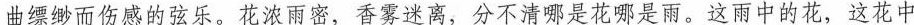
曲缥缈而伤感的弦乐。花浓而密，香雾迷离，分不清哪是花哪是雨。这雨中的花，这花中